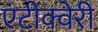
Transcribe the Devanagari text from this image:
एंटीक्वेरी